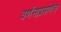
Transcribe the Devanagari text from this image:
वर्णनाप्रमाणेच